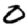
Digit: 0